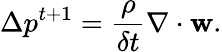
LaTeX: \Delta p^{t+1}=\frac{\rho}{\delta t}\nabla\cdot\mathbf{w}.